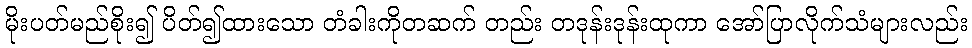
မိုးပတ်မည်စိုး၍ ပိတ်၍ထားသော တံခါးကိုတဆက် တည်း တဒုန်းဒုန်းထုကာ အော်ပြာလိုက်သံများလည်း